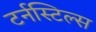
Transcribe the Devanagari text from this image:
टर्नस्टिल्स